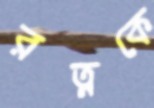
রত্নকে